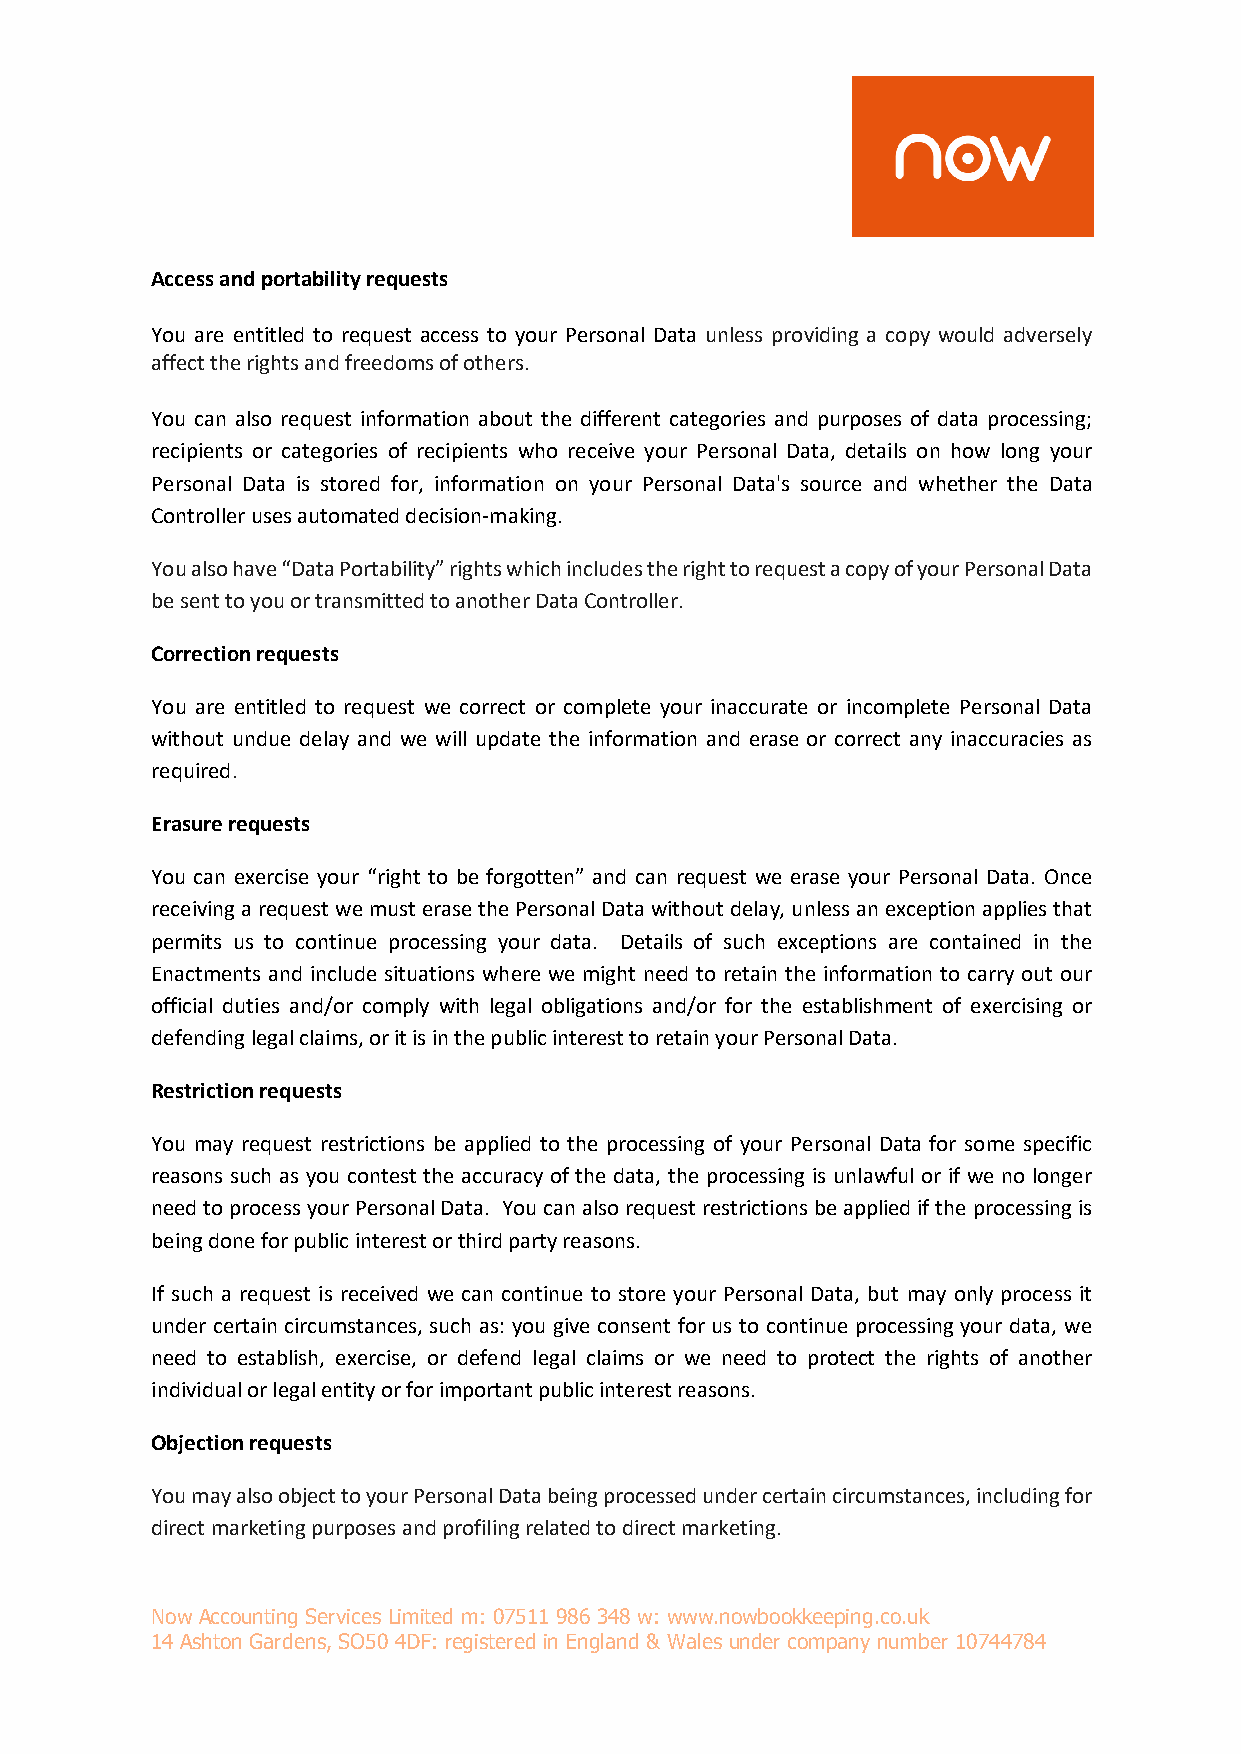
Access and portability requests
 You are entitled to request access to your Personal Data unless providing a copy would adversely
 affect the rights and freedoms of others.
 You can also request information about the different categories and purposes of data processing;
 recipients or categories of recipients who receive your Personal Data, details on how long your
 Personal Data is stored for, information on your Personal Data's source and whether the Data
 Controller uses automated decision-making.
 You also have “Data Portability” rights which includes the right to request a copy of your Personal Data
 be sent to you or transmitted to another Data Controller.
 Correction requests
 You are entitled to request we correct or complete your inaccurate or incomplete Personal Data
 without undue delay and we will update the information and erase or correct any inaccuracies as
 required.
 Erasure requests
 You can exercise your “right to be forgotten” and can request we erase your Personal Data. Once
 receiving a request we must erase the Personal Data without delay, unless an exception applies that
 permits us to continue processing your data. Details of such exceptions are contained in the
 Enactments and include situations where we might need to retain the information to carry out our
 official duties and/or comply with legal obligations and/or for the establishment of exercising or
 defending legal claims, or it is in the public interest to retain your Personal Data.
 Restriction requests
 You may request restrictions be applied to the processing of your Personal Data for some specific
 reasons such as you contest the accuracy of the data, the processing is unlawful or if we no longer
 need to process your Personal Data. You can also request restrictions be applied if the processing is
 being done for public interest or third party reasons.
 If such a request is received we can continue to store your Personal Data, but may only process it
 under certain circumstances, such as: you give consent for us to continue processing your data, we
 need to establish, exercise, or defend legal claims or we need to protect the rights of another
 individual or legal entity or for important public interest reasons.
 Objection requests
 You may also object to your Personal Data being processed under certain circumstances, including for
 direct marketing purposes and profiling related to direct marketing.
 Now Accounting Services Limited m: 07511 986 348 w: www.nowbookkeeping.co.uk
 14 Ashton Gardens, SO50 4DF: registered in England & Wales under company number 10744784